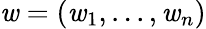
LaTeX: \mathit{w}=(\mathit{w}_{1},...,\mathit{w}_{n})